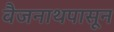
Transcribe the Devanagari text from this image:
वैजनाथपासून